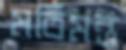
মতিমন্ত